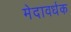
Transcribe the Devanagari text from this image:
मेदावर्धक